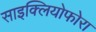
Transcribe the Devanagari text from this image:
साइक्लियोफोरा